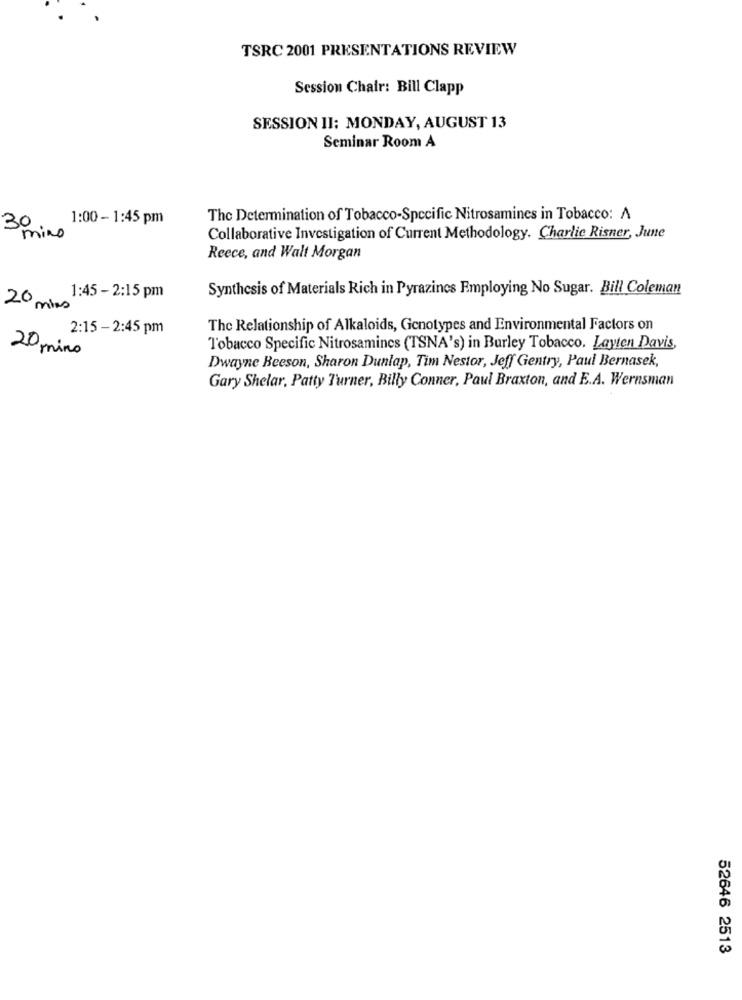
TSRC 2001 PRESENTATIONS REVIEW
Session Chair: Bill Clapp
SESSION II: MONDAY, AUGUST 13
Seminar Room A
30
1:00 - 1:45 pm
The Determination of Tobacco-Specific Nitrosamines in Tobacco: A
mino
Collaborative Investigation of Current Methodology. Charlie Risner, June
Reece, and Walt Morgan
Synthesis of Materials Rich in Pyrazincs Employing No Sugar. Bill Coleman
1:45 - 2:15 pm
20 mins
2:15 - 2:45 pm
The Relationship of Alkaloids, Genotypes and Environmental Factors on
20 mins
Tobacco Specific Nitrosamines (TSNA's) in Burley Tobacco. Layten Davis,
Dwayne Beeson, Sharon Dunlap, Tim Nestor, Jeff Gentry, Paul Bernasek,
Gary Shelar, Patty Turner, Billy Conner, Paul Braxton, and E.A. Wernsman
52646 2513